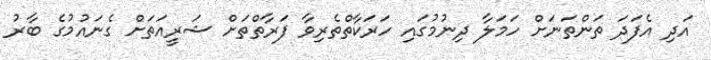
އަދި އެފަދަ ތަންތަނަށް ހަމަލާ ދިނުމުގައި ހަރަކާތްތެރިވާ ފަރާތްތަށް ޝަރީއަތަށް ގެނައުމުގެ ބާރު